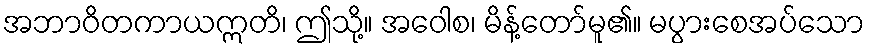
အဘာဝိတကာယဣတိ၊ ဤသို့။ အဝေါစ၊ မိန့်တော်မူ၏။ မပွားစေအပ်သော